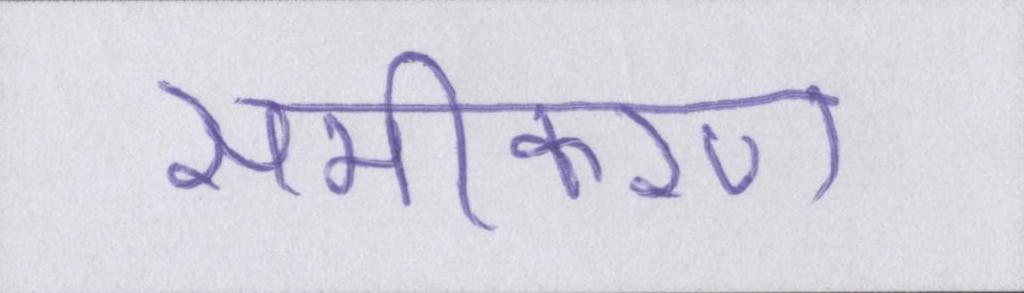
समीकरण